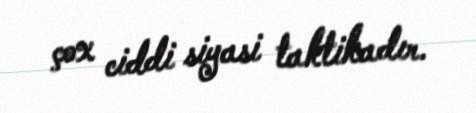
çox ciddi siyasi taktikadır.